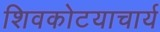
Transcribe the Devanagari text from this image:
शिवकोटयाचार्य